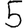
Digit: 5